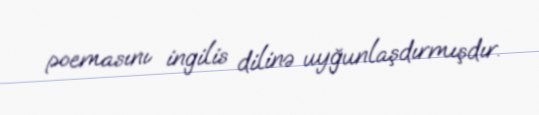
poemasını ingilis dilinə uyğunlaşdırmışdır.